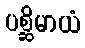
ပစ္ဆိမာယံ